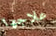
علاجها